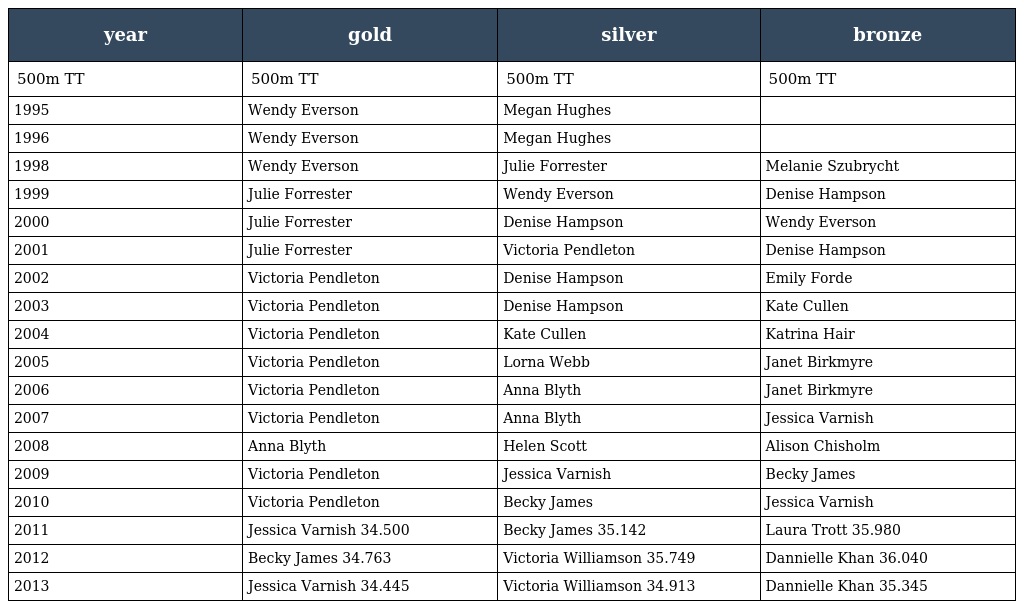
| year | gold | silver | bronze |
 | --- | --- | --- | --- |
 | 500m TT | 500m TT | 500m TT | 500m TT |
 | 1995 | Wendy Everson | Megan Hughes |  |
 | 1996 | Wendy Everson | Megan Hughes |  |
 | 1998 | Wendy Everson | Julie Forrester | Melanie Szubrycht |
 | 1999 | Julie Forrester | Wendy Everson | Denise Hampson |
 | 2000 | Julie Forrester | Denise Hampson | Wendy Everson |
 | 2001 | Julie Forrester | Victoria Pendleton | Denise Hampson |
 | 2002 | Victoria Pendleton | Denise Hampson | Emily Forde |
 | 2003 | Victoria Pendleton | Denise Hampson | Kate Cullen |
 | 2004 | Victoria Pendleton | Kate Cullen | Katrina Hair |
 | 2005 | Victoria Pendleton | Lorna Webb | Janet Birkmyre |
 | 2006 | Victoria Pendleton | Anna Blyth | Janet Birkmyre |
 | 2007 | Victoria Pendleton | Anna Blyth | Jessica Varnish |
 | 2008 | Anna Blyth | Helen Scott | Alison Chisholm |
 | 2009 | Victoria Pendleton | Jessica Varnish | Becky James |
 | 2010 | Victoria Pendleton | Becky James | Jessica Varnish |
 | 2011 | Jessica Varnish 34.500 | Becky James 35.142 | Laura Trott 35.980 |
 | 2012 | Becky James 34.763 | Victoria Williamson 35.749 | Dannielle Khan 36.040 |
 | 2013 | Jessica Varnish 34.445 | Victoria Williamson 34.913 | Dannielle Khan 35.345 |